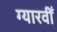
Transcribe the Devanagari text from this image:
ग्यारवीँ